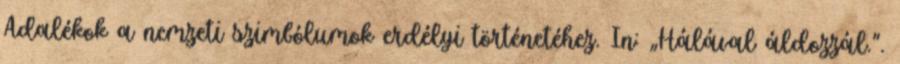
Adalékok a nemzeti szimbólumok erdélyi történetéhez. In: „Hálával áldozzál.”.